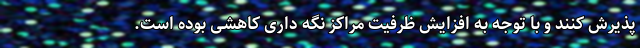
پذیرش کنند و با توجه به افزایش ظرفیت مراکز نگه داری کاهشی بوده است.